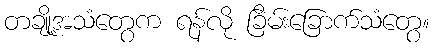
တချို့အသံတွေက ရန်လို ခြိမ်းခြောက်သံတွေ။